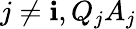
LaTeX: j\neq\mathbf{i},Q_{j}A_{j}